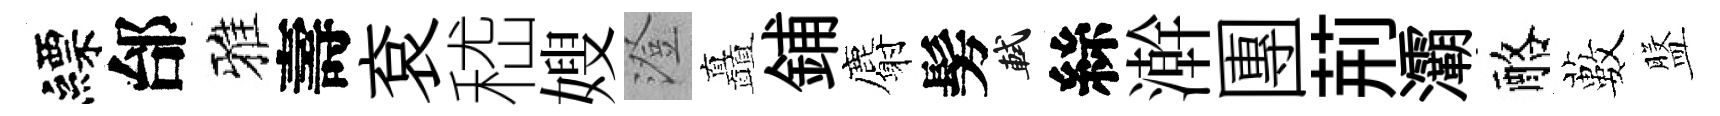
縹邰雅壽袞嵇嫂澄矗鋪麝髣軾絲澣團荊灞酪藪盤